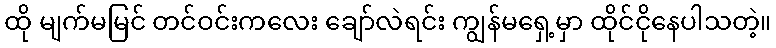
ထို မျက်မမြင် တင်ဝင်းကလေး ချော်လဲရင်း ကျွန်မရှေ့မှာ ထိုင်ငိုနေပါသတဲ့။